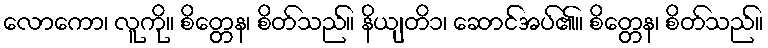
လောကော၊ လူကို။ စိတ္တေန၊ စိတ်သည်။ နိယျတိ၁၊ ဆောင်အပ်၏။ စိတ္တေန၊ စိတ်သည်။